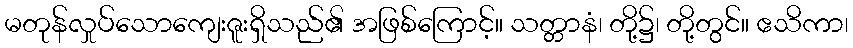
မတုန်လှုပ်သောကျေးဇူးရှိသည်၏ အဖြစ်ကြောင့်။ သတ္တာနံ၊ တို့၌၊ တို့တွင်။ ဧသိကာ၊